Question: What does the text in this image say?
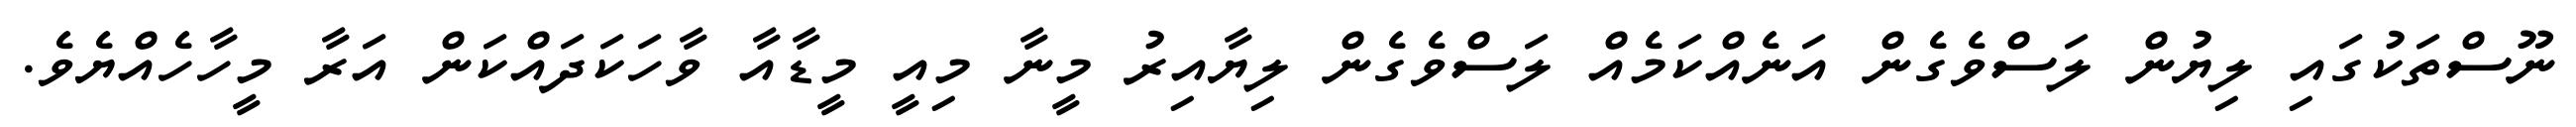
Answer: ނޫސްތަކުގައި ލިޔުން ލަސްވެގެން އަނެއްކަމެއް ލަސްވެގެން ލިޔާއިރު މީނާ މިއީ މީޑާއާ ވާހަކަދައްކަން އަރާ މީހާހެއްޔެވެ.